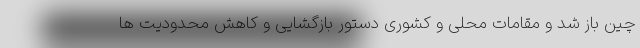
چین باز شد و مقامات محلی و کشوری دستور بازگشایی و کاهش محدودیت ها